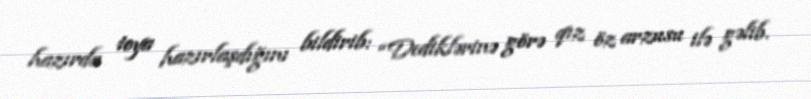
hazırda toya hazırlaşdığını bildirib: “Dediklərinə görə qız öz arzusu ilə gəlib.